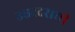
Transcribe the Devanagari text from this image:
उत्तरदरायी